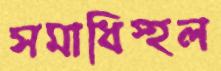
সমাধিস্হল